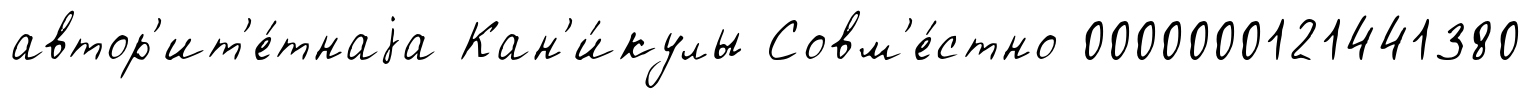
автор'ит'е́тнаjа Кан'и́кулы Совм'е́стно 0000000121441380